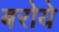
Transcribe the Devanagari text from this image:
बरोये